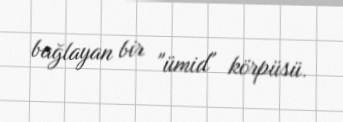
bağlayan bir "ümid" körpüsü.